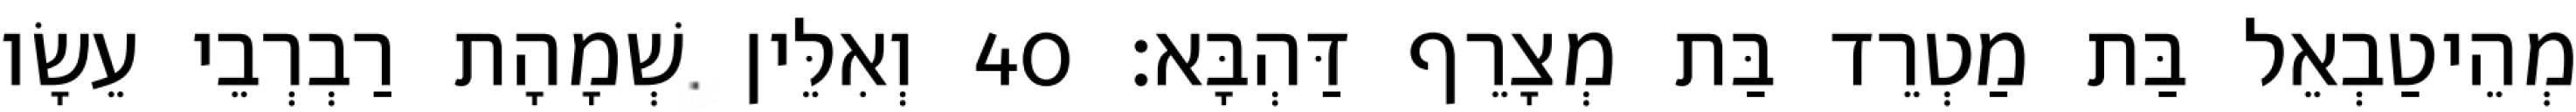
מְהֵיטַבְאֵל בַּת מַטְרֵד בַּת מְצָרֵף דַּהְבָּא׃ 40 וְאִלֵּין שְׁמָהָת רַבְרְבֵי עֵשָׂו